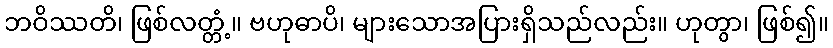
ဘဝိဿတိ၊ ဖြစ်လတ္တံ့။ ဗဟုဓာပိ၊ များသောအပြားရှိသည်လည်း။ ဟုတွာ၊ ဖြစ်၍။